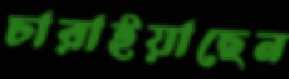
চারাইয়াছেন